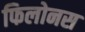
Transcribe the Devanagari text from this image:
फिलोनस